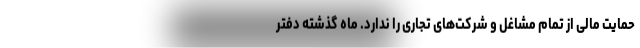
حمایت مالی از تمام مشاغل و شرکت‌های تجاری را ندارد. ماه گذشته دفتر